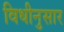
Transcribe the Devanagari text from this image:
विधीनुसार